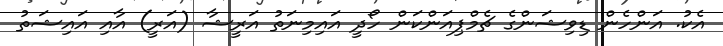
އެކު. އަންހެން ޑިވިޝަންގެ ޗެމްޕިއަންކަން ހޯދީ އައިމިނަތު އަރީޝާ (އަރީ) އާއި އައިޝަތު